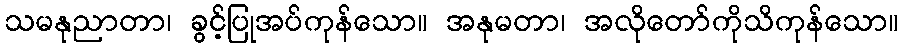
သမနုညာတာ၊ ခွင့်ပြုအပ်ကုန်သော။ အနုမတာ၊ အလိုတော်ကိုသိကုန်သော။